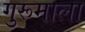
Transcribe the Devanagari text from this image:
गुरूमाला